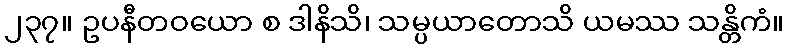
၂၃၇။ ဥပနီတဝယော စ ဒါနိသိ၊ သမ္ပယာတောသိ ယမဿ သန္တိကံ။